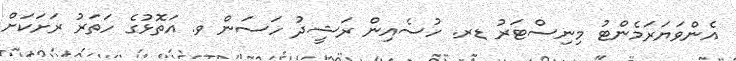
އެންވަޔަރަމެންޓު މިނިސްޓަރު ޑރ. ހުސެއިން ރަޝީދު ހަސަން ވ. އަތޮޅުގެ ހަތަރު ރަށަކަށް